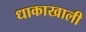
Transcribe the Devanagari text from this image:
धाकाखाली